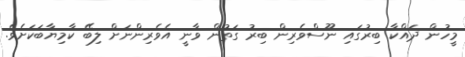
މީހުން ދައްކާ ބިރުގައި ނޫސްވެރިން ބިރު ގަތުން ވާނީ އެވެރިންނަށް ލިބޭ ކާމިޔާބަކަށެވެ.